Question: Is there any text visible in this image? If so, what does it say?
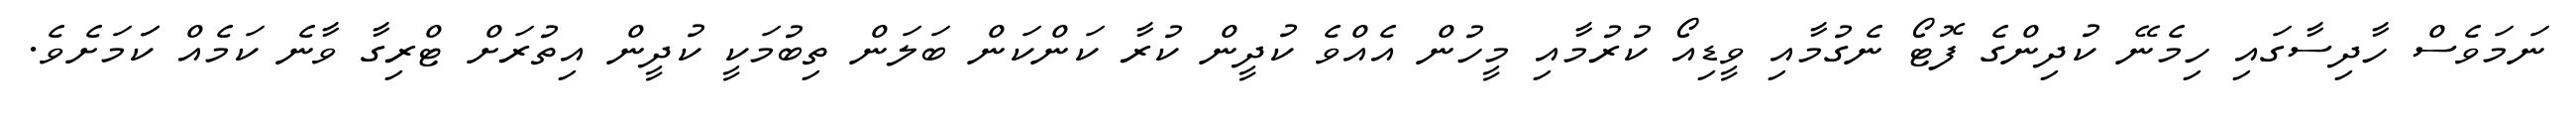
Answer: ނަމަވެސް ހާދިސާގައި ހިމެނޭ ކުދިންގެ ފޮޓޯ ނެގުމާއި ވީޑިއޯ ކުރުމާއި މީހުން އެއްވެ ކުދީން ކުރާ ކަންކަން ބަލަން ތިބުމަކީ ކުދީން އިތުރަށް ޓްރިގާ ވާނެ ކަމެއް ކަަމަށެވެ.